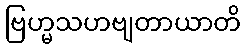
ဗြဟ္မသဟဗျတာယာတိ